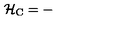
{ \cal H } _ { \mathrm { C } } = -